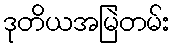
ဒုတိယအမြဲတမ်း